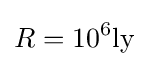
R=10^{6}{\text{ly}}